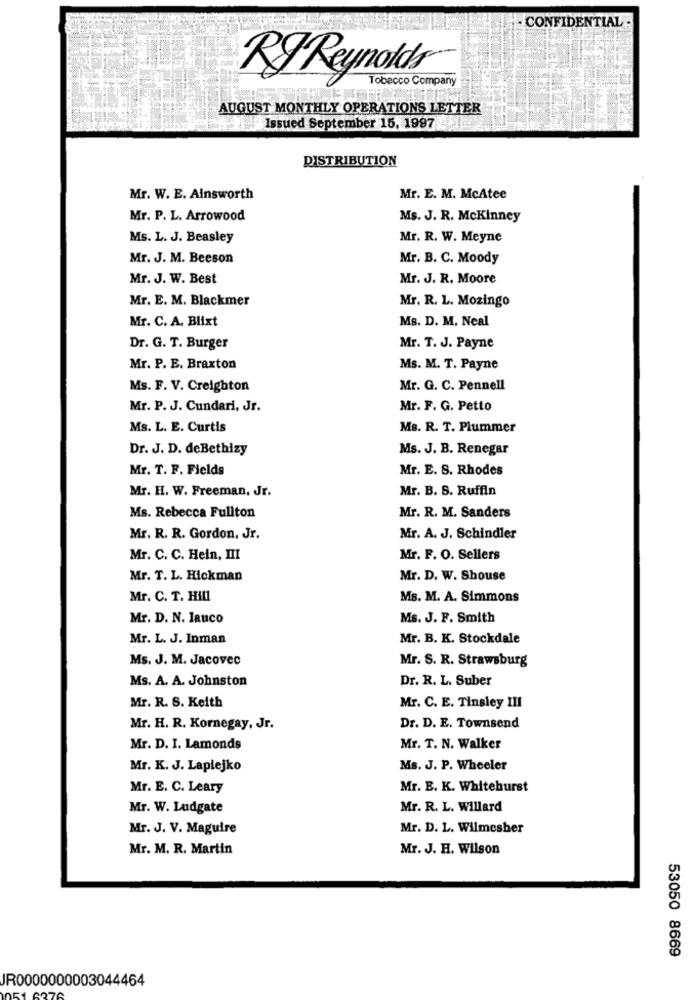
- CONFIDENTIAL -
Tobacco Company
KyReynolds®
AUGUST MONTHLY OPERATIONS LETTER
Issued September 15, 1997
DISTRIBUTION
Mr. W. E. Ainsworth
Mr. E. M. McAtee
Mr. P. L. Arrowood
Ms. J. R. Mckinney
Ms. L. J. Beasley
Mr. R. W. Meyne
Mr. J. M. Beeson
Mr. B. C. Moody
Mr. J. W. Best
Mr. J. R. Moore
Mr. E. M. Blackmer
Mr. R. L. Mozingo
Mr. C. A. Blixt
Ms. D. M. Neal
Dr. G. T. Burger
Mr. T. J. Payne
Mr. P. E. Braxton
Ms. M. T. Payne
Ms. F. V. Creighton
Mr. G. C. Pennell
Mr. P. J. Cundari, Jr.
Mr. F. G. Petto
Ms. L. E. Curtis
Ms. R. T. Plummer
Dr. J. D. deBethizy
Ms. J. B. Renegar
Mr. T. F. Fields
Mr. E. S. Rhodes
Mr. H. W. Freeman, Jr.
Mr. B. S. Ruffin
Ms. Rebecca Fullton
Mr. R. M. Sanders
Mr. R. R. Gordon, Jr.
Mr. A. J. Schindler
Mr. C. C. Hein, III
Mr. F. O. Sellers
Mr. T. L. Hickman
Mr. D. W. Shouse
Mr. C. T. Hill
Ms. M. A. Simmons
Mr. D. N. Iauco
Ms. J. F. Smith
Mr. L. J. Inman
Mr. B. K. Stockdale
Ms. J. M. Jacovec
Mr. S. R. Strawsburg
Ms. A. A. Johnston
Dr. R. L. Suber
Mr. R. S. Keith
Mr. C. E. Tinsley III
Mr. H. R. Kornegay, Jr.
Dr. D. E. Townsend
Mr. D. I. Lamonds
Mr. T. N. Walker
Mr. K. J. Laplejko
Ms. J. P. Wheeler
Mr. E. C. Leary
Mr. E. K. Whitehurst
Mr. W. Ludgate
Mr. R. L. Willard
Mr. J. V. Maguire
Mr. D. L. Wilmesher
Mr. M. R. Martin
Mr. J. H. Wilson
53050 8669
JR0000000003044464